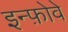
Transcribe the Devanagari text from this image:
इन्फ़ोवे